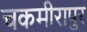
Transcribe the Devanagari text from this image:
चकमीरापुर